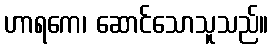
ဟာရကေ၊ ဆောင်သောသူသည်။